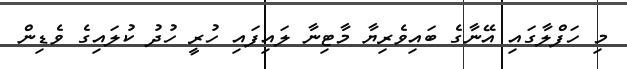
މި ހަފްލާގައި އޭނާގެ ބައިވެރިޔާ މާޓިނާ ލައިފައި ހުރީ ހުދު ކުލައިގެ ވެޑިން